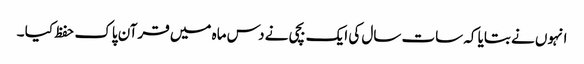
انہوں نے بتایا کہ سات سال کی ایک بچی نے دس ماہ میں قرآن پاک حفظ کیا ۔